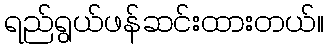
ရည်ရွယ်ဖန်ဆင်းထားတယ်။